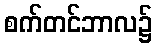
စက်တင်ဘာလ၌